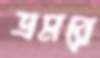
ভ্রমরে